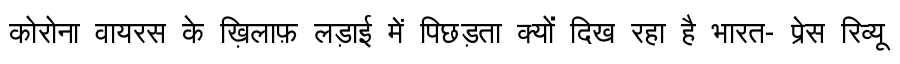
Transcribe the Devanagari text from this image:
कोरोना वायरस के ख़िलाफ़ लड़ाई में पिछड़ता क्यों दिख रहा है भारत- प्रेस रिव्यू